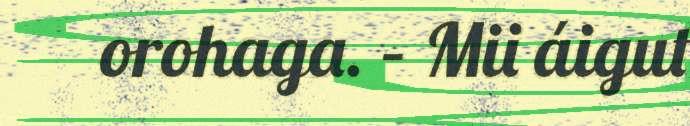
orohaga. – Mii áigut